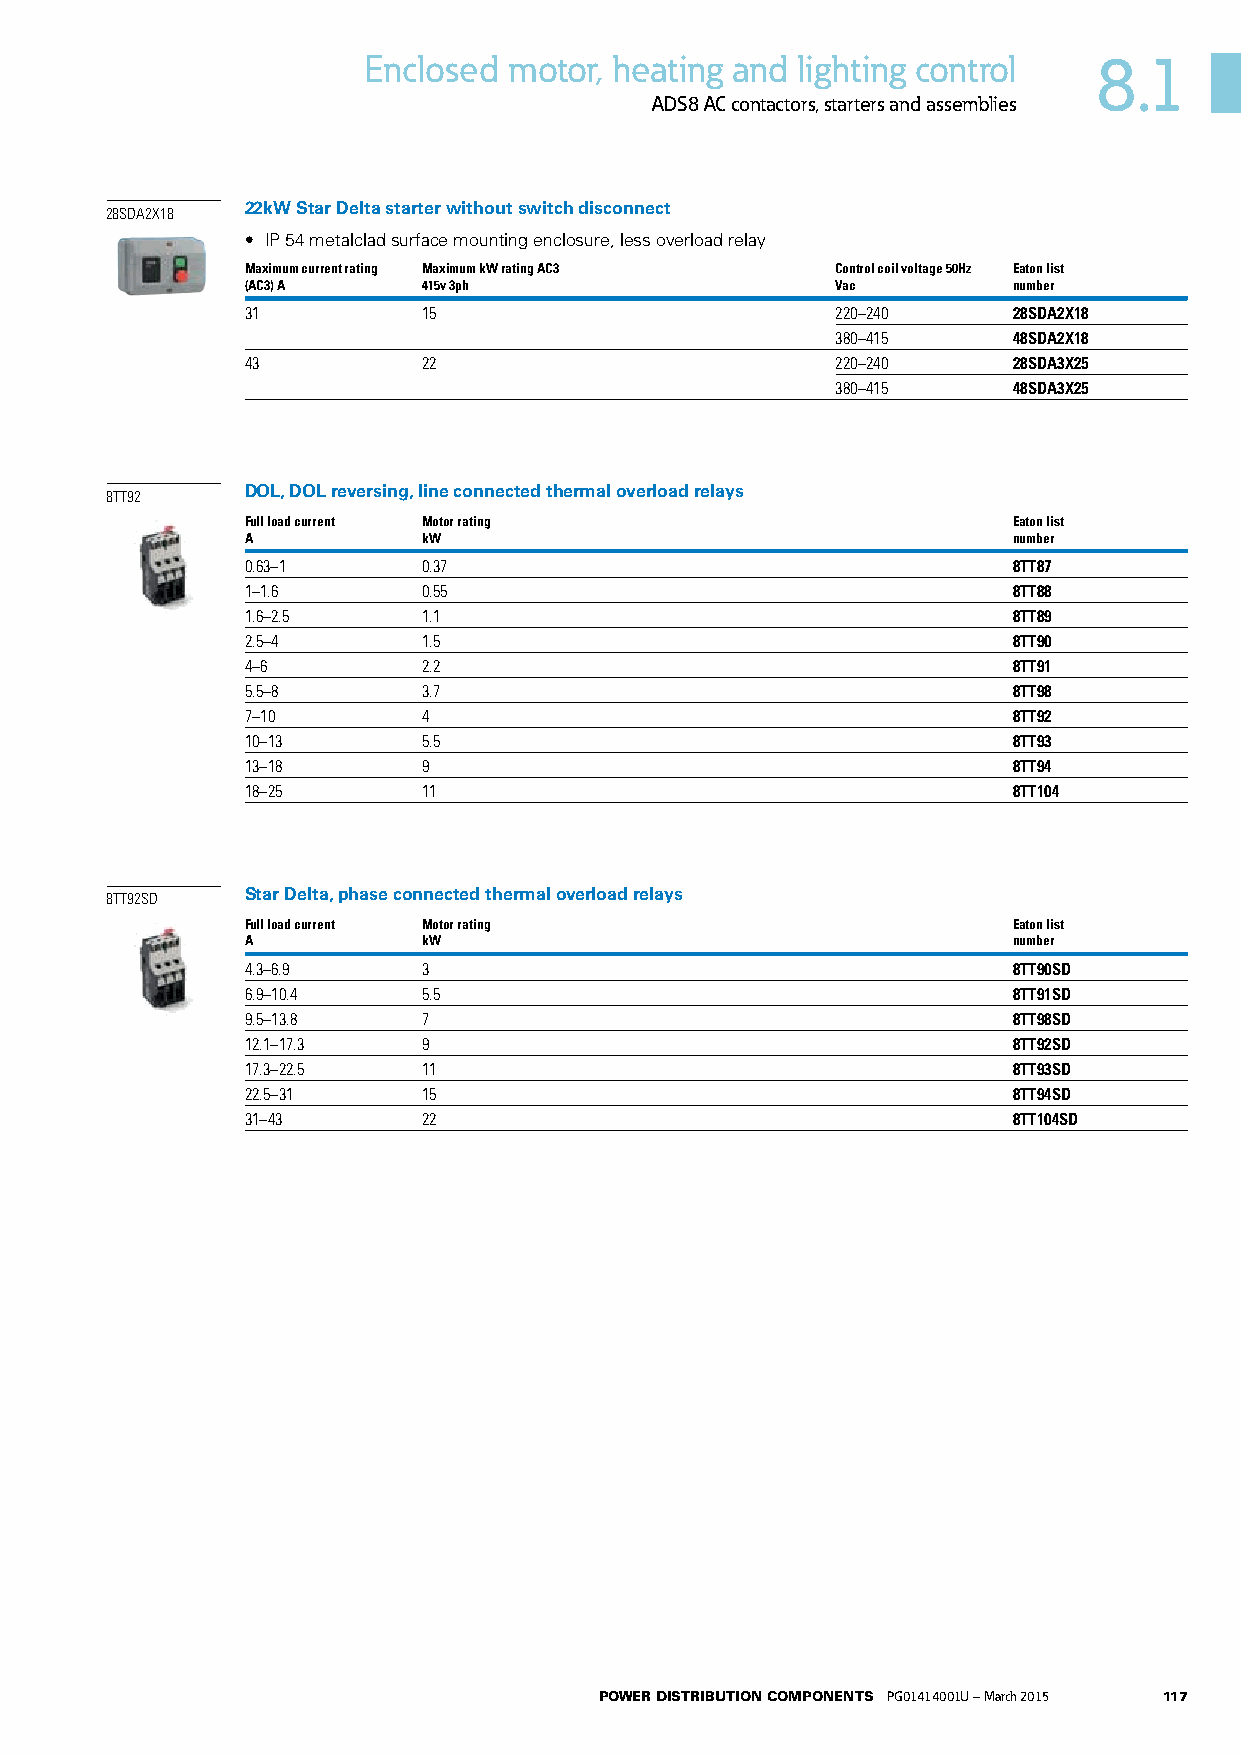
Enclosed  motor, heating and lighting control    8.1
 ADS8 AC contactors, starters and assemblies
 22kW Star Delta starter without switch disconnect
 28SDA2X18
 • IP 54 metalclad surface mounting enclosure, less overload relay
 Maximum current rating Maximum kW rating AC3 Control coil voltage 50Hz Eaton list
 (AC3) A     415v 3ph                   Vac         number
 31          15                         220–240     28SDA2X18
 380–415     48SDA2X18
 43          22                         220–240     28SDA3X25
 380–415     48SDA3X25
 DOL, DOL reversing, line connected thermal overload relays
 8TT92
 Full load current Motor rating                     Eaton list
 A           kW                                     number
 0.63–1      0.37                                   8TT87
 1–1.6       0.55                                   8TT88
 1.6–2.5     1.1                                    8TT89
 2.5–4       1.5                                    8TT90
 4–6         2.2                                    8TT91
 5.5–8       3.7                                    8TT98
 7–10        4                                      8TT92
 10–13       5.5                                    8TT93
 13–18       9                                      8TT94
 18–25       11                                     8TT104
 Star Delta, phase connected thermal overload relays
 8TT92SD
 Full load current Motor rating                     Eaton list
 A           kW                                     number
 4.3–6.9     3                                      8TT90SD
 6.9–10.4    5.5                                    8TT91SD
 9.5–13.8    7                                      8TT98SD
 12.1–17.3   9                                      8TT92SD
 17.3–22.5   11                                     8TT93SD
 22.5–31     15                                     8TT94SD
 31–43       22                                     8TT104SD
 POWER DISTRIBUTION COMPONENTS PG01414001U – March 2015 117